Lunatic asylums in Bengal annual reports 1912-1924 - 1912-1924
Year: 1912
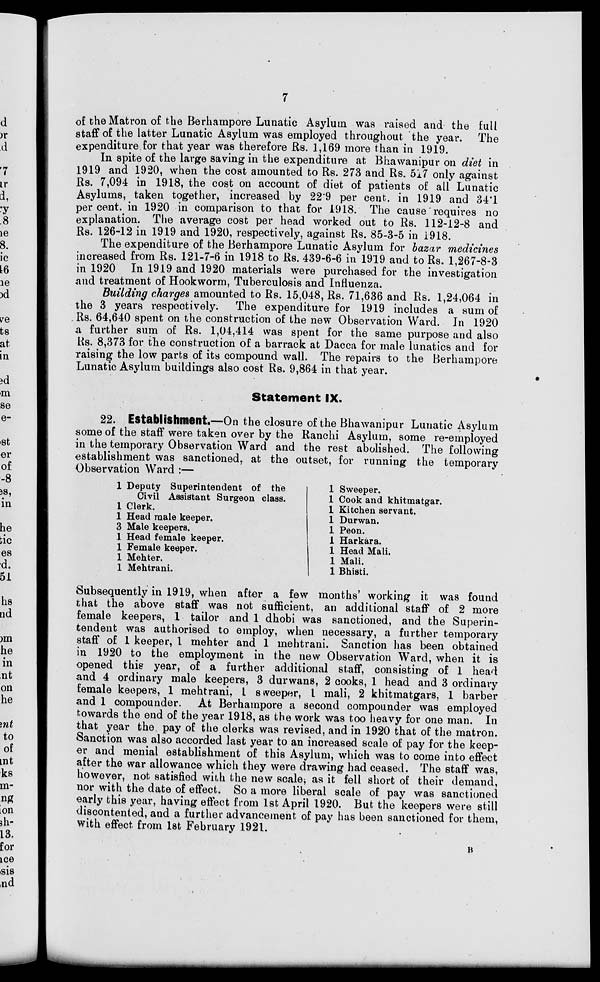
7
of the Matron of the Berhampore Lunatic Asylum was raised and the full
staff of the latter Lunatic Asylum was employed throughout the year. The
expenditure for that year was therefore Rs. 1,169 more than in 1919.
In spite of the large saving in the expenditure at Bhawanipur on diet in
1919 and 1920, when the cost amounted to Rs. 273 and Rs. 517 only against
Rs. 7,094 in 1918, the cost on account of diet of patients of all Lunatic
Asylums, taken together, increased by 22.9 per cent. in 1919 and 34.1
per cent. in 1920 in comparison to that for 1918. The cause requires no
explanation. The average cost per head worked out to Rs. 112-12-8 and
Rs. 126-12 in 1919 and 1920, respectively, against Rs. 85-3-5 in 1918.
The expenditure of the Berhampore Lunatic Asylum for bazar medicines
increased from Rs. 121-7-6 in 1918 to Rs. 439-6-6 in 1919 and to Rs. 1,267-8-3
in 1920 In 1919 and 1920 materials were purchased for the investigation
and treatment of Hookworm, Tuberculosis and Influenza.
Building charges amounted to Rs. 15,048, Rs. 71,636 and Rs. 1,24,064 in
the 3 years respectively. The expenditure for 1919 includes a sum of
Rs. 64,640 spent on the construction of the new Observation Ward. In 1920
a further sum of Rs. 1,04,414 was spent for the same purpose and also
Rs. 8,373 for the construction of a barrack at Dacca for male lunatics and for
raising the low parts of its compound wall. The repairs to the Berhampore
Lunatic Asylum buildings also cost Rs. 9,864 in that year.
Statement IX.
22. Establishment.—On the closure of the Bhawanipur Lunatic Asylum
some of the staff were taken over by the Ranchi Asylum, some re-employed
in the temporary Observation Ward and the rest abolished. The following
establishment was sanctioned, at the outset, for running the temporary
Observation Ward :—
1 Deputy Superintendent of the
Civil Assistant Surgeon class.
1 Clerk.
1 Head male keeper.
3 Male keepers.
1 Head female keeper.
1 Female keeper.
1 Mehter.
1 Mehtrani.
1 Sweeper.
1 Cook and khitmatgar.
1 Kitchen servant.
1 Durwan.
1 Peon.
1 Harkara.
1 Head Mali.
1 Mali.
1 Bhisti.
Subsequently in 1919, when after a few months' working it was found
that the above staff was not sufficient, an additional staff of 2 more
female keepers, 1 tailor and 1 dhobi was sanctioned, and the Superin-
tendent was authorised to employ, when necessary, a further temporary
staff of 1 keeper, 1 mehter and 1 mehtrani. Sanction has been obtained
in 1920 to the employment in the new Observation Ward, when it is
opened this year, of a further additional staff, consisting of 1 head
and 4 ordinary male keepers, 3 durwans, 2 cooks, 1 head and 3 ordinary
female keepers, 1 mehtrani, 1 sweeper, 1 mali, 2 khitmatgars, 1 barber
and 1 compounder. At Berhampore a second compounder was employed
towards the end of the year 1918, as the work was too heavy for one man. In
that year the pay of the clerks was revised, and in 1920 that of the matron.
Sanction was also accorded last year to an increased scale of pay for the keep-
er and menial establishment of this Asylum, which was to come into effect
after the war allowance which they were drawing had ceased. The staff was,
however, not satisfied with the new scale, as it fell short of their demand,
nor with the date of effect. So a more liberal scale of pay was sanctioned
early this year, having effect from 1st April 1920. But the keepers were still
discontented, and a further advancement of pay has been sanctioned for them,
with effect from 1st February 1921.
B